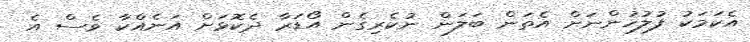
އެކަމަކު ފުލުހުންނަށް އެތަން ބަލަން ނުކެރިގެން އޯޑަރާ ދެކޮޅަށް އަނެއްކާ ވެސް އެ